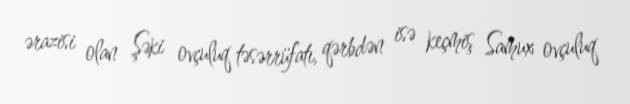
ərazisi olan Şəki ovçuluq təsərrüfatı, qərbdən isə keçmiş Samux ovçuluq